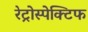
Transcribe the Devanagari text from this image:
रेट्रोस्‍पेक्टिफ